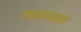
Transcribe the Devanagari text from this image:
राजपदाचा